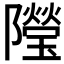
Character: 𨽓